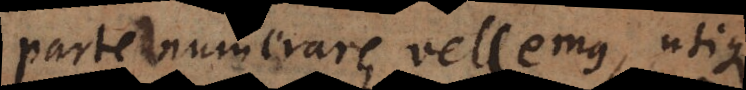
parte numerare vellemus, utique